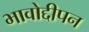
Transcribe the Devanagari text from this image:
भावोद्दीपन